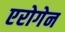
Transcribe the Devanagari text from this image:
एरोगेन